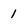
Character: 1